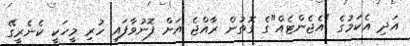
އަދި އެކަމުގެ "އެޖެންޓެއް"ގެ ގޮތުން ރާއްޖެ އަށް ފޮނުވާފައި ހުރި މީހަކީ ކެނެރީގޭ